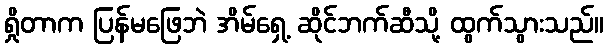
ရှိုတာက ပြန်မဖြေဘဲ အိမ်ရှေ့ ဆိုင်ဘက်ဆီသို့ ထွက်သွားသည်။